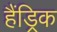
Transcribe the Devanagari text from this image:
हैंड्रिक